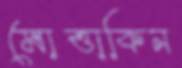
মোত্তাকিন